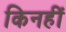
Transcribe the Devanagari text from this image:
किनहीं